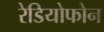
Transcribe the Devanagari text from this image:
रेडियोफोन